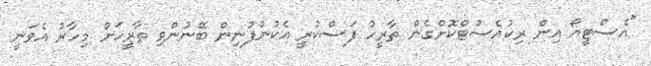
"އެސްޓީއޯ އިން ރިކުއެސްޓްކޮށްގެން ތާރީހު ފަސްކުރީ އެކުންފުނިން ބޭނުންވި ތާރީހަށް މިހާރު އެވަނީ